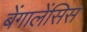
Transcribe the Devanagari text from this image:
बेंगालेंसिस